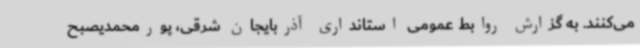
می‌کنند. به گزارش روابط عمومی استانداری آذربایجان شرقی، پورمحمدیصبح